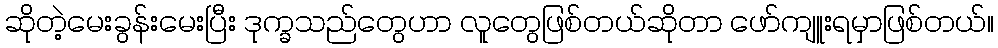
ဆိုတဲ့မေးခွန်းမေးပြီး ဒုက္ခသည်တွေဟာ လူတွေဖြစ်တယ်ဆိုတာ ဖော်ကျူးရမှာဖြစ်တယ်။